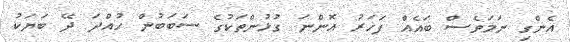
އެންގި ނަމަވެސް ބައެއް ފަހަރު އޮންނަ ގުޅުންތަކުގެ ސަބަބުން ހުއްދަ ދޭ ބަޔަކު